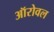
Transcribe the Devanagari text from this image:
ऑरोवल